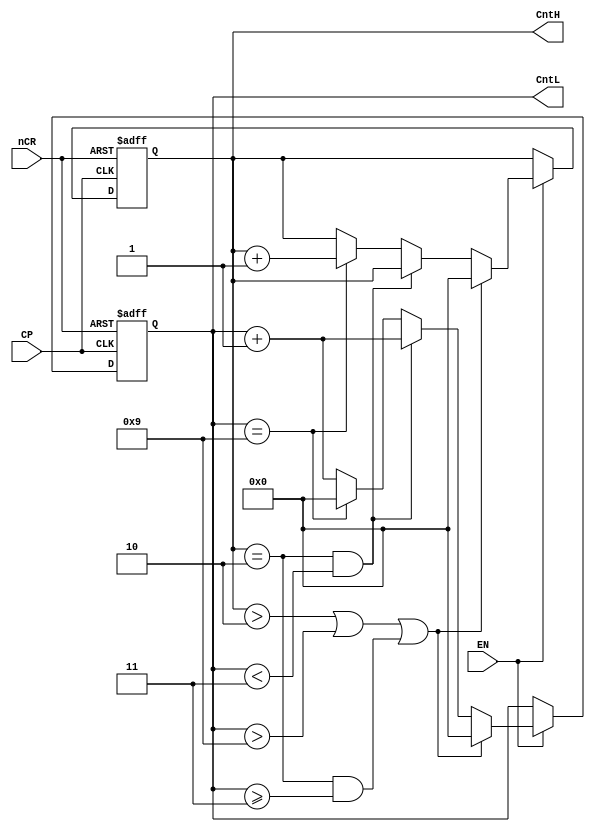
//*************counter24.v  (BCD: 0~23)*************
module counter24 (CntH, CntL, nCR, EN, CP);
	input CP, nCR, EN;    //CPnCREN
  	output [3:0] CntH, CntL;  //
	reg    [3:0] CntH, CntL;  //8421 BCD
	always @(posedge CP or negedge nCR) 
    begin
      if(~nCR)     {CntH, CntL} <= 8'h00;     //
      else if(~EN) {CntH, CntL} <= {CntH, CntL}; //
	else if ((CntH>2)||(CntL>9)||((CntH==2)&&(CntL>=3)))
	{CntH, CntL} <= 8'h00; 	 //
	 else if ((CntH==2)&&(CntL<3))       //2023
		     begin  CntH <= CntH;  CntL <= CntL + 1'b1; end
      else if (CntL==9)     //
		     begin  CntH <= CntH + 1'b1;  CntL <= 4'b0000; end
	  else                //
	begin  CntH <= CntH;  CntL <= CntL + 1'b1; end
	end
endmodule